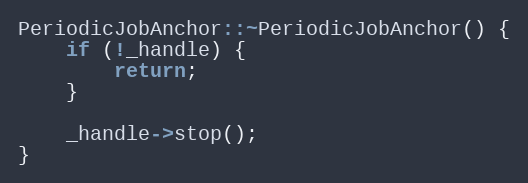
Language: C++
PeriodicJobAnchor::~PeriodicJobAnchor() {
    if (!_handle) {
        return;
    }

    _handle->stop();
}